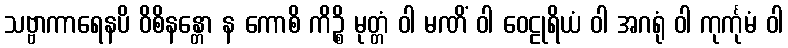
သဗ္ဗာကာရေနပိ ဝိစိနန္တော န ကောစိ ကိဉ္စိ မုတ္တံ ဝါ မဏိံ ဝါ ဝေဠုရိယံ ဝါ အဂရုံ ဝါ ကုင်္ကုမံ ဝါ